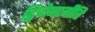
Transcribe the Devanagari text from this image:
द्विजेन्द्रगीति